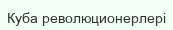
Куба революционерлері